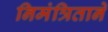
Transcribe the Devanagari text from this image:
निमंत्रिताने